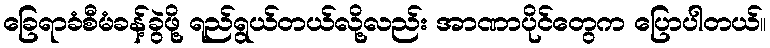
ခြေရာခံစီမံခန့်ခွဲဖို့ ရည်ရွယ်တယ်လို့လည်း အာဏာပိုင်တွေက ပြောပါတယ်။